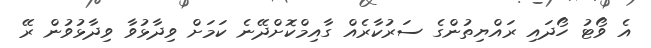
އެ ވޯޓު ހޯދައި ރައްޔިތުންގެ ސަރުކާރެއް ގާއިމްކޮށްދޭނެ ކަމަށް ވިދާޅުވާ ވިދާޅުވުން ރޭ